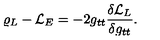
\varrho _ { L } - { \cal L } _ { E } = - 2 g _ { t t } { \frac { \delta { \cal L } _ { L } } { \delta g _ { t t } } } .